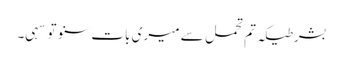
بشرطیکہ تم تحمل سے میری بات سنو تو سہی۔